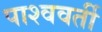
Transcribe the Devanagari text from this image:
पाश्ववर्ती